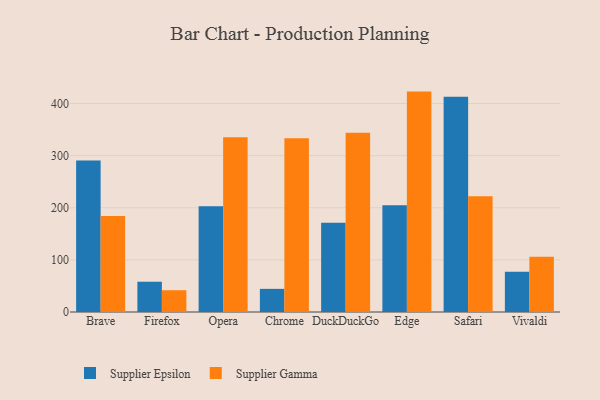
{"axis": {"x": "Browser", "y": "Gross Profit (USD K)"}, "legend": ["Supplier Epsilon", "Supplier Gamma"], "data": [{"x": "Brave", "y": 290.7, "type": "Supplier Epsilon"}, {"x": "Brave", "y": 184.3, "type": "Supplier Gamma"}, {"x": "Firefox", "y": 58.1, "type": "Supplier Epsilon"}, {"x": "Firefox", "y": 41.8, "type": "Supplier Gamma"}, {"x": "Opera", "y": 203.1, "type": "Supplier Epsilon"}, {"x": "Opera", "y": 335.2, "type": "Supplier Gamma"}, {"x": "Chrome", "y": 44.4, "type": "Supplier Epsilon"}, {"x": "Chrome", "y": 333.3, "type": "Supplier Gamma"}, {"x": "DuckDuckGo", "y": 171.4, "type": "Supplier Epsilon"}, {"x": "DuckDuckGo", "y": 344.0, "type": "Supplier Gamma"}, {"x": "Edge", "y": 204.9, "type": "Supplier Epsilon"}, {"x": "Edge", "y": 422.9, "type": "Supplier Gamma"}, {"x": "Safari", "y": 412.9, "type": "Supplier Epsilon"}, {"x": "Safari", "y": 222.2, "type": "Supplier Gamma"}, {"x": "Vivaldi", "y": 77.2, "type": "Supplier Epsilon"}, {"x": "Vivaldi", "y": 106.1, "type": "Supplier Gamma"}]}